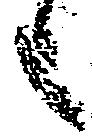
上